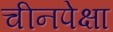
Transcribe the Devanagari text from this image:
चीनपेक्षा